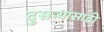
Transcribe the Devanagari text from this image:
दुसऱ्यांसाठी